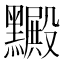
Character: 𪒮